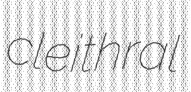
cleithral